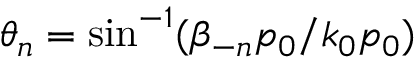
\theta _ { n } = \sin ^ { - 1 } ( \beta _ { - n } p _ { 0 } / k _ { 0 } p _ { 0 } )